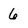
Character: 6